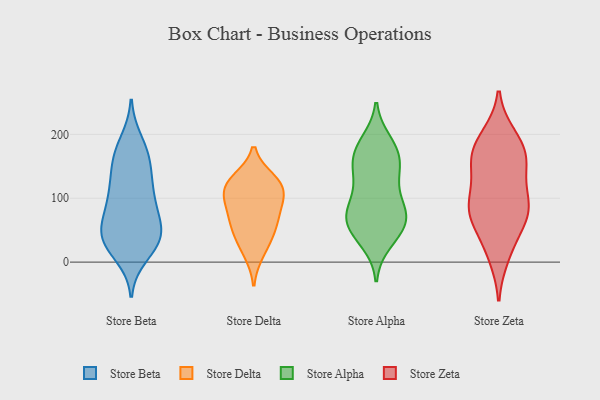
{"axis": {"x": "Revenue (USD Million)", "y": "Value"}, "legend": ["Store Alpha", "Store Beta", "Store Delta", "Store Zeta"], "data": [{"x": "", "y": 74, "type": "Store Beta"}, {"x": "", "y": 11, "type": "Store Beta"}, {"x": "", "y": 169, "type": "Store Beta"}, {"x": "", "y": 94, "type": "Store Beta"}, {"x": "", "y": 45, "type": "Store Beta"}, {"x": "", "y": 173, "type": "Store Beta"}, {"x": "", "y": 34, "type": "Store Beta"}, {"x": "", "y": 110, "type": "Store Beta"}, {"x": "", "y": 189, "type": "Store Beta"}, {"x": "", "y": 66, "type": "Store Beta"}, {"x": "", "y": 30, "type": "Store Beta"}, {"x": "", "y": 41, "type": "Store Beta"}, {"x": "", "y": 35, "type": "Store Beta"}, {"x": "", "y": 30, "type": "Store Beta"}, {"x": "", "y": 136, "type": "Store Beta"}, {"x": "", "y": 109, "type": "Store Beta"}, {"x": "", "y": 47, "type": "Store Beta"}, {"x": "", "y": 90, "type": "Store Beta"}, {"x": "", "y": 139, "type": "Store Beta"}, {"x": "", "y": 161, "type": "Store Beta"}, {"x": "", "y": 90, "type": "Store Delta"}, {"x": "", "y": 38, "type": "Store Delta"}, {"x": "", "y": 103, "type": "Store Delta"}, {"x": "", "y": 65, "type": "Store Delta"}, {"x": "", "y": 74, "type": "Store Delta"}, {"x": "", "y": 49, "type": "Store Delta"}, {"x": "", "y": 122, "type": "Store Delta"}, {"x": "", "y": 111, "type": "Store Delta"}, {"x": "", "y": 125, "type": "Store Delta"}, {"x": "", "y": 129, "type": "Store Delta"}, {"x": "", "y": 14, "type": "Store Delta"}, {"x": "", "y": 173, "type": "Store Alpha"}, {"x": "", "y": 57, "type": "Store Alpha"}, {"x": "", "y": 132, "type": "Store Alpha"}, {"x": "", "y": 84, "type": "Store Alpha"}, {"x": "", "y": 48, "type": "Store Alpha"}, {"x": "", "y": 134, "type": "Store Alpha"}, {"x": "", "y": 184, "type": "Store Alpha"}, {"x": "", "y": 152, "type": "Store Alpha"}, {"x": "", "y": 42, "type": "Store Alpha"}, {"x": "", "y": 85, "type": "Store Alpha"}, {"x": "", "y": 31, "type": "Store Alpha"}, {"x": "", "y": 75, "type": "Store Alpha"}, {"x": "", "y": 116, "type": "Store Alpha"}, {"x": "", "y": 167, "type": "Store Alpha"}, {"x": "", "y": 69, "type": "Store Alpha"}, {"x": "", "y": 159, "type": "Store Alpha"}, {"x": "", "y": 188, "type": "Store Alpha"}, {"x": "", "y": 66, "type": "Store Alpha"}, {"x": "", "y": 78, "type": "Store Alpha"}, {"x": "", "y": 10, "type": "Store Zeta"}, {"x": "", "y": 155, "type": "Store Zeta"}, {"x": "", "y": 101, "type": "Store Zeta"}, {"x": "", "y": 67, "type": "Store Zeta"}, {"x": "", "y": 95, "type": "Store Zeta"}, {"x": "", "y": 75, "type": "Store Zeta"}, {"x": "", "y": 197, "type": "Store Zeta"}, {"x": "", "y": 163, "type": "Store Zeta"}, {"x": "", "y": 161, "type": "Store Zeta"}, {"x": "", "y": 117, "type": "Store Zeta"}, {"x": "", "y": 195, "type": "Store Zeta"}, {"x": "", "y": 20, "type": "Store Zeta"}, {"x": "", "y": 83, "type": "Store Zeta"}, {"x": "", "y": 172, "type": "Store Zeta"}, {"x": "", "y": 79, "type": "Store Zeta"}, {"x": "", "y": 61, "type": "Store Zeta"}, {"x": "", "y": 161, "type": "Store Zeta"}]}